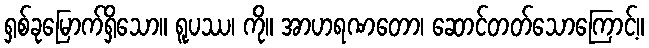
ရှစ်ခုမြောက်ရှိသော။ ရူပဿ၊ ကို။ အာဟရဏတော၊ ဆောင်တတ်သောကြောင့်။